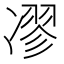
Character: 𠗽